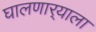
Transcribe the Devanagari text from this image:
घालणार्‍याला